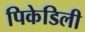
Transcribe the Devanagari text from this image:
पिकेडिली